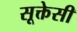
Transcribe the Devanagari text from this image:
सूक्तेसी